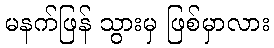
မနက်ဖြန် သွားမှ ဖြစ်မှာလား